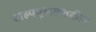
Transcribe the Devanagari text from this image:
वाह्यमूलकवकीय